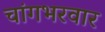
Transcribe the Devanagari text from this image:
चांगभरवार